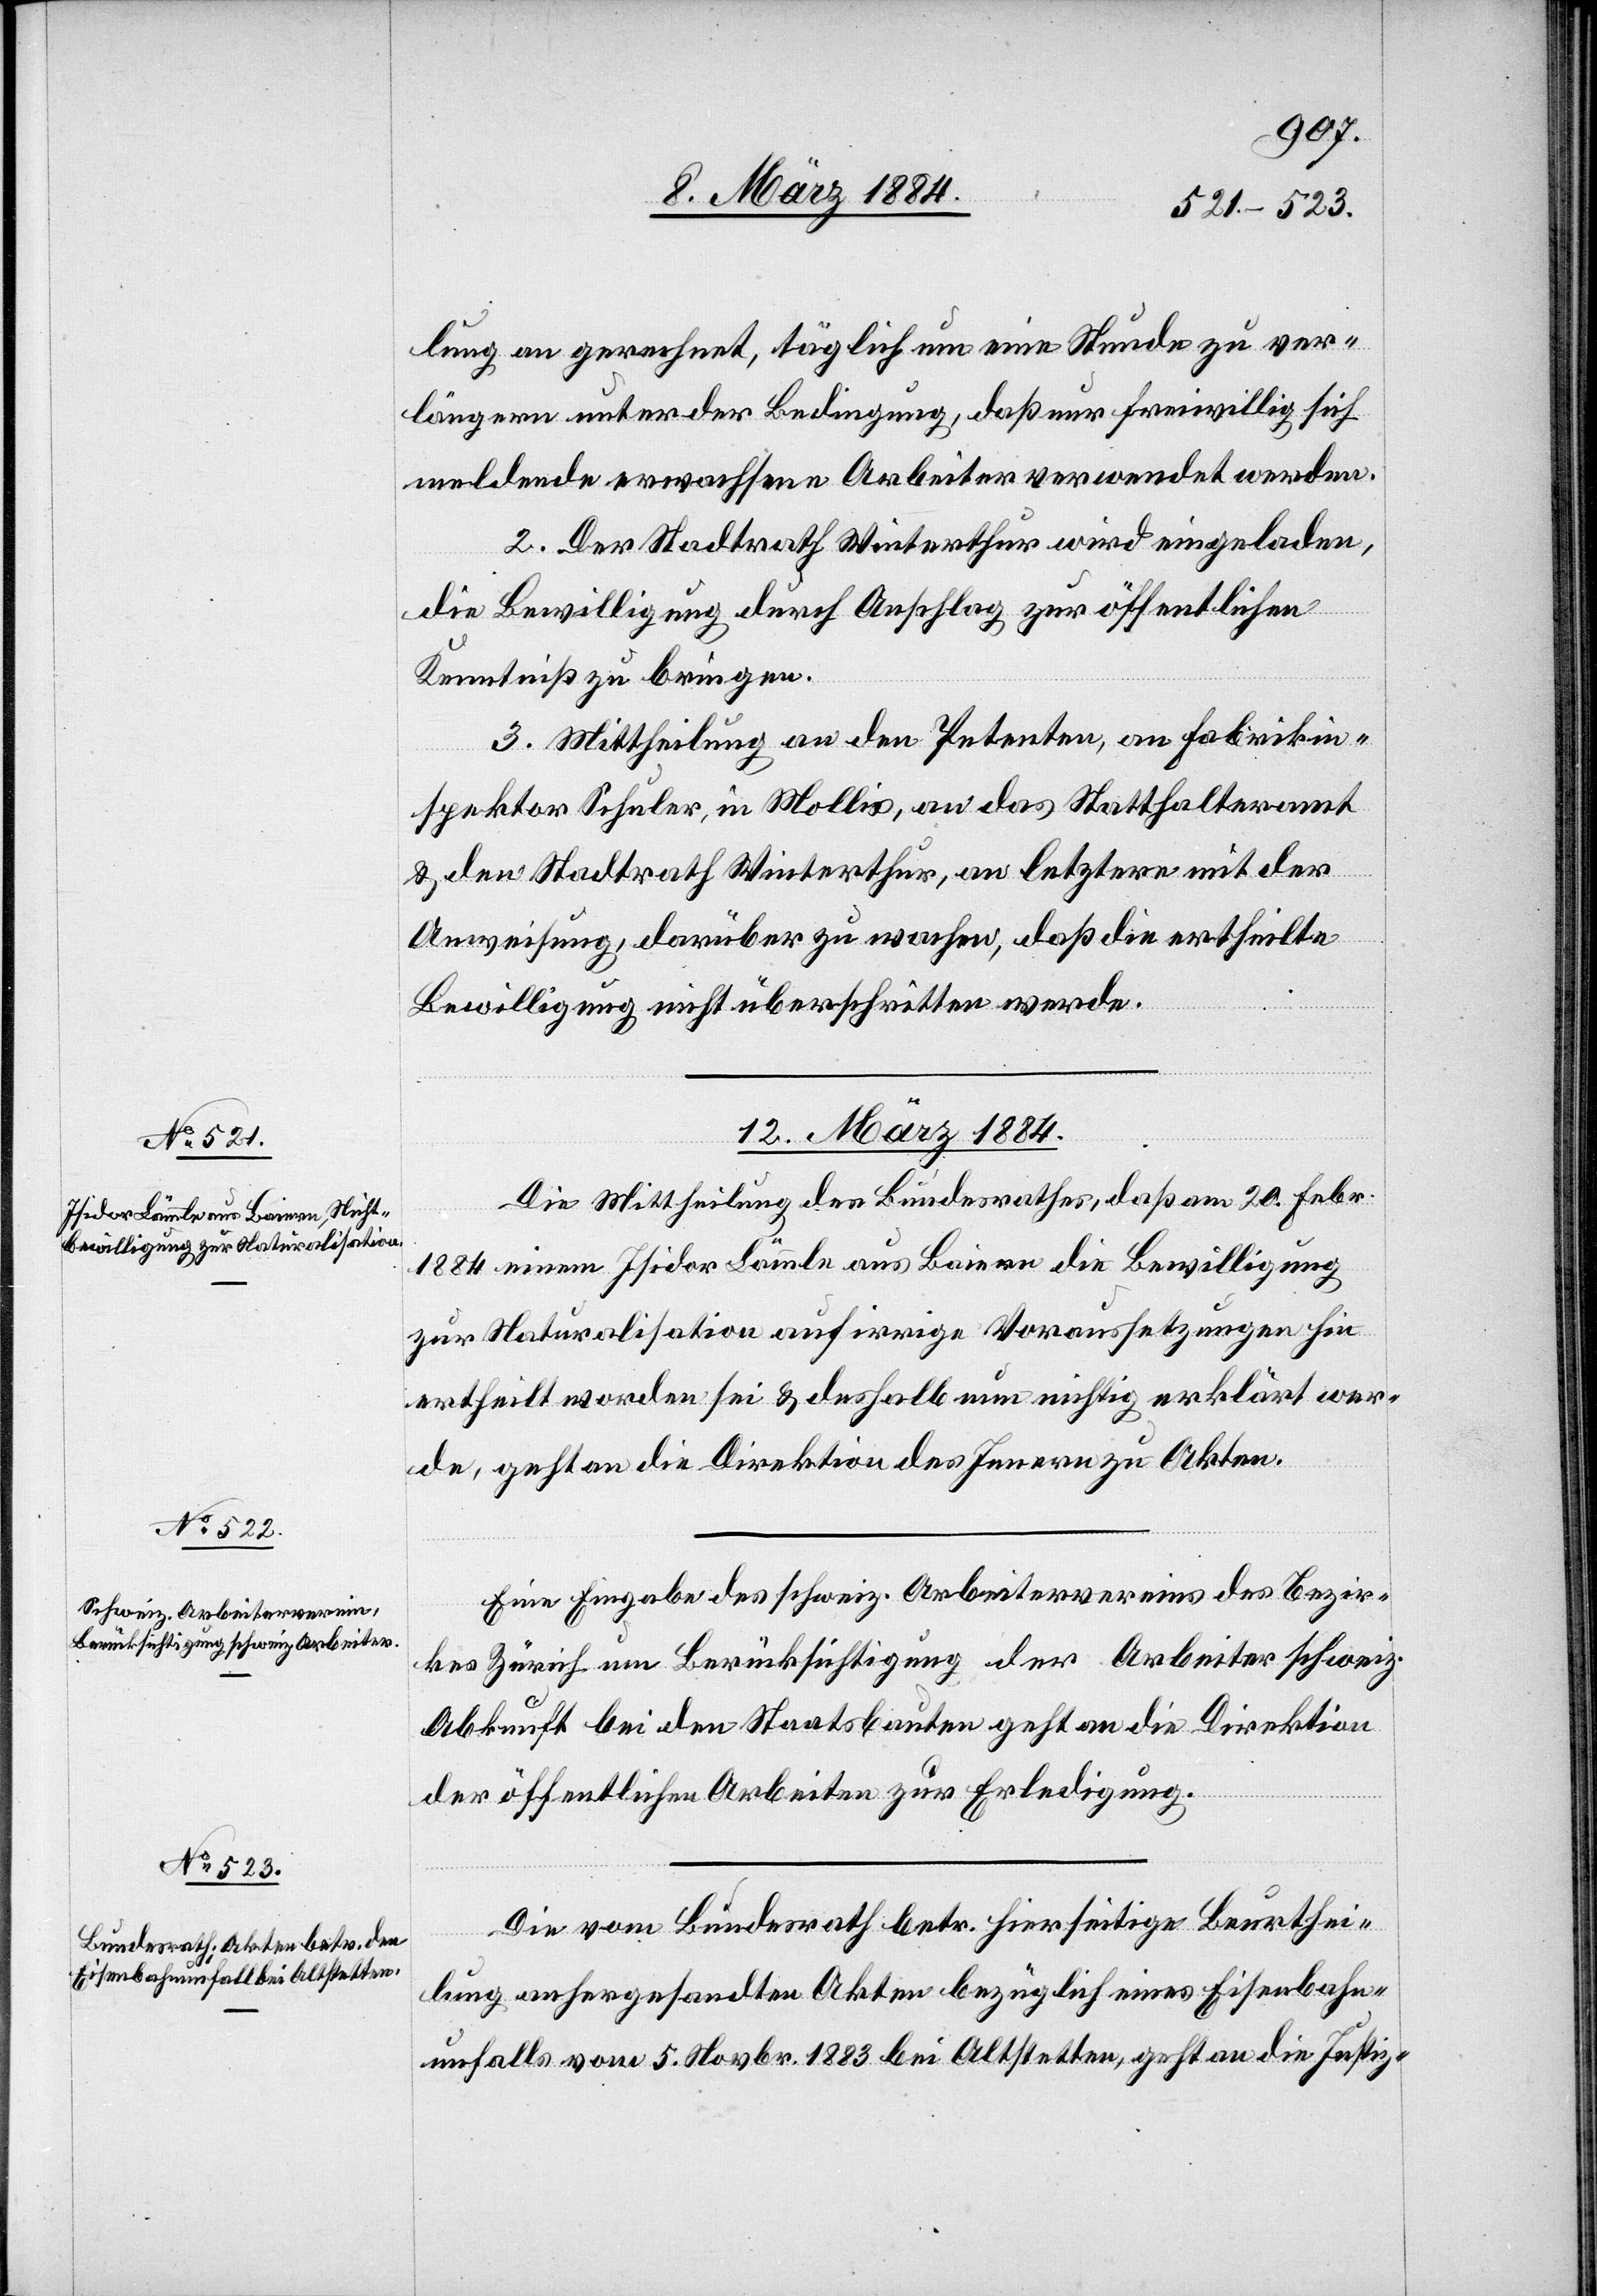
lung an gerechnet, täglich um eine Stunde zu ver¬
längern unter der Bedingung, daß nur freiwillig sich
meldende erwachsene Arbeiter verwendet werden.
2. Der Stadtrath Winterthur wird eingeladen,
die Bewilligung durch Anschlag zur öffentlichen
Kenntniß zu bringen.
3. Mittheilung an den Petenten, an Fabrikin¬
spektor Schuler, in Mollis, an das Statthalteramt
& den Stadtrath Winterthur, an letztern mit der
Anweisung, darüber zu wachen, daß die ertheilte
Bewilligung nicht überschritten werde.
12. März 1884.]
Die Mittheilung des Bundesrathes, daß am 20. Febr.
1884 einem Isidor Lämmle aus Bauern die Bewilligung
zur Naturalisation auf irrige Voraussetzungen hin
ertheilt worden sei & deshalb nun richtig erklärt wer¬
de, geht an die Direktion des Innern zu Akten.
Eine Eingabe des schweiz. Arbeitervereins des Bezir¬
kes Zürich um Berücksichtigung der Arbeiter schweiz.
Abkunft bei den Staatsbauten geht an die Direktion
der öffentlichen Arbeiten zur Erledigung.
Die vom Bundesrath betr. hierseitige Beurthei¬
lung anhergesandten Akten bezüglich eines Eisenbahn¬
unfalls vom 5. Novbr. 1883 bei Altstetten, geht an die Justiz-